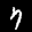
Label: 7